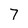
Character: 7